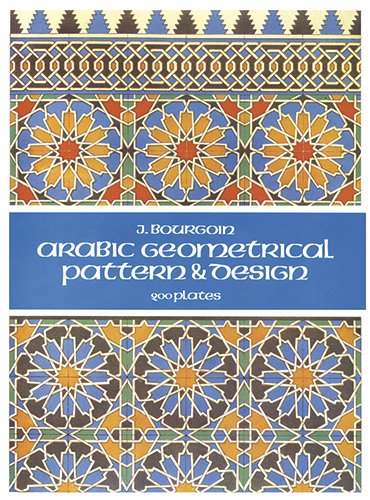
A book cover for Arabic Geometrical Pattern and Design (Dover Pictorial Archive); J. Bourgoin; Arts & Photography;